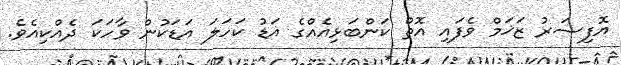
އޮފިސަރު ޒަޚަމް ވެފައި އޮތް ކަންބަޅިއެއްގެ އަޑު ކަހަލަ އަޑަކުން ވާހަކަ ދެއްކިއެވެ.